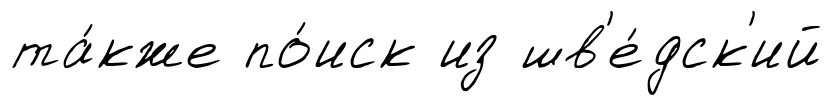
та́кже по́иск из шв'е́дск'ий